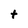
Character: t